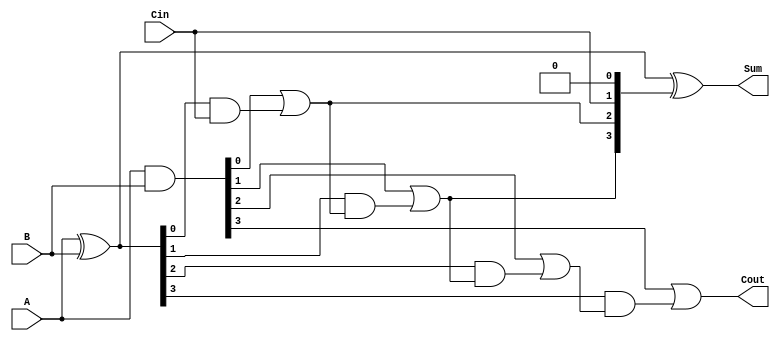
module ripple_carry_adder (
    input [3:0] A,
    input [3:0] B,
    input Cin,
    output [3:0] Sum,
    output Cout
);
    wire [3:0] P, G; // Propagate and Generate signals
    wire C1, C2, C3;

    // Propagate and Generate logic
    assign P = A ^ B; // Propagate
    assign G = A & B; // Generate

    // Carry generation
    assign C1 = G[0] | (P[0] & Cin);
    assign C2 = G[1] | (P[1] & C1);
    assign C3 = G[2] | (P[2] & C2);
    assign Cout = G[3] | (P[3] & C3);

    // Sum calculation
    assign Sum = P ^ {C2, C1, Cin, 1'b0}; // Sum with carry in

endmodule